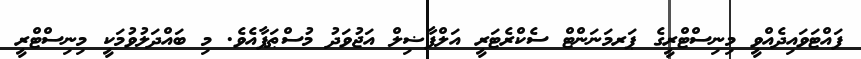
ފައްޓަވައިދެއްވީ މިނިސްޓްރީގެ ޕަރމަނަންޓް ސެކްރެޓަރީ އަލްފާޟިލް އަޖުވަދު މުސްޠަފާއެވެ. މި ބައްދަލުވުމަކީ މިނިސްޓްރީ